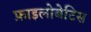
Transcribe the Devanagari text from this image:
फ़ाइलोबेटिस